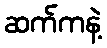
ဆက်ကနဲ့